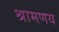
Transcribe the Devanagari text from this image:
श्रामणय